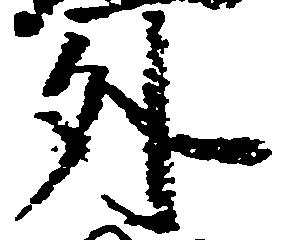
外